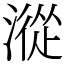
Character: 漎